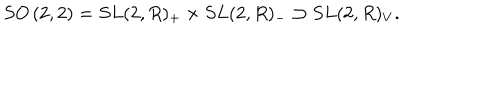
{ S O } \left( 2 , 2 \right) = { S L } ( 2 , R ) _ { + } \times { S L } ( 2 , R ) _ { - } \supset { S L } ( 2 , R ) _ { V } .